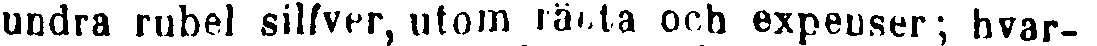
undra rubel silfver, utom rätta och expenser; hvar-